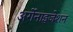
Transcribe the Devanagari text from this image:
अर्गेनाइजेशन